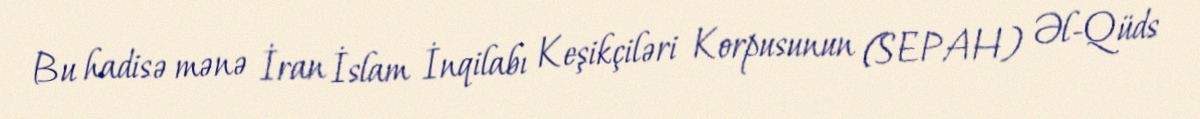
Bu hadisə mənə İran İslam İnqilabı Keşikçiləri Korpusunun (SEPAH) Əl-Qüds